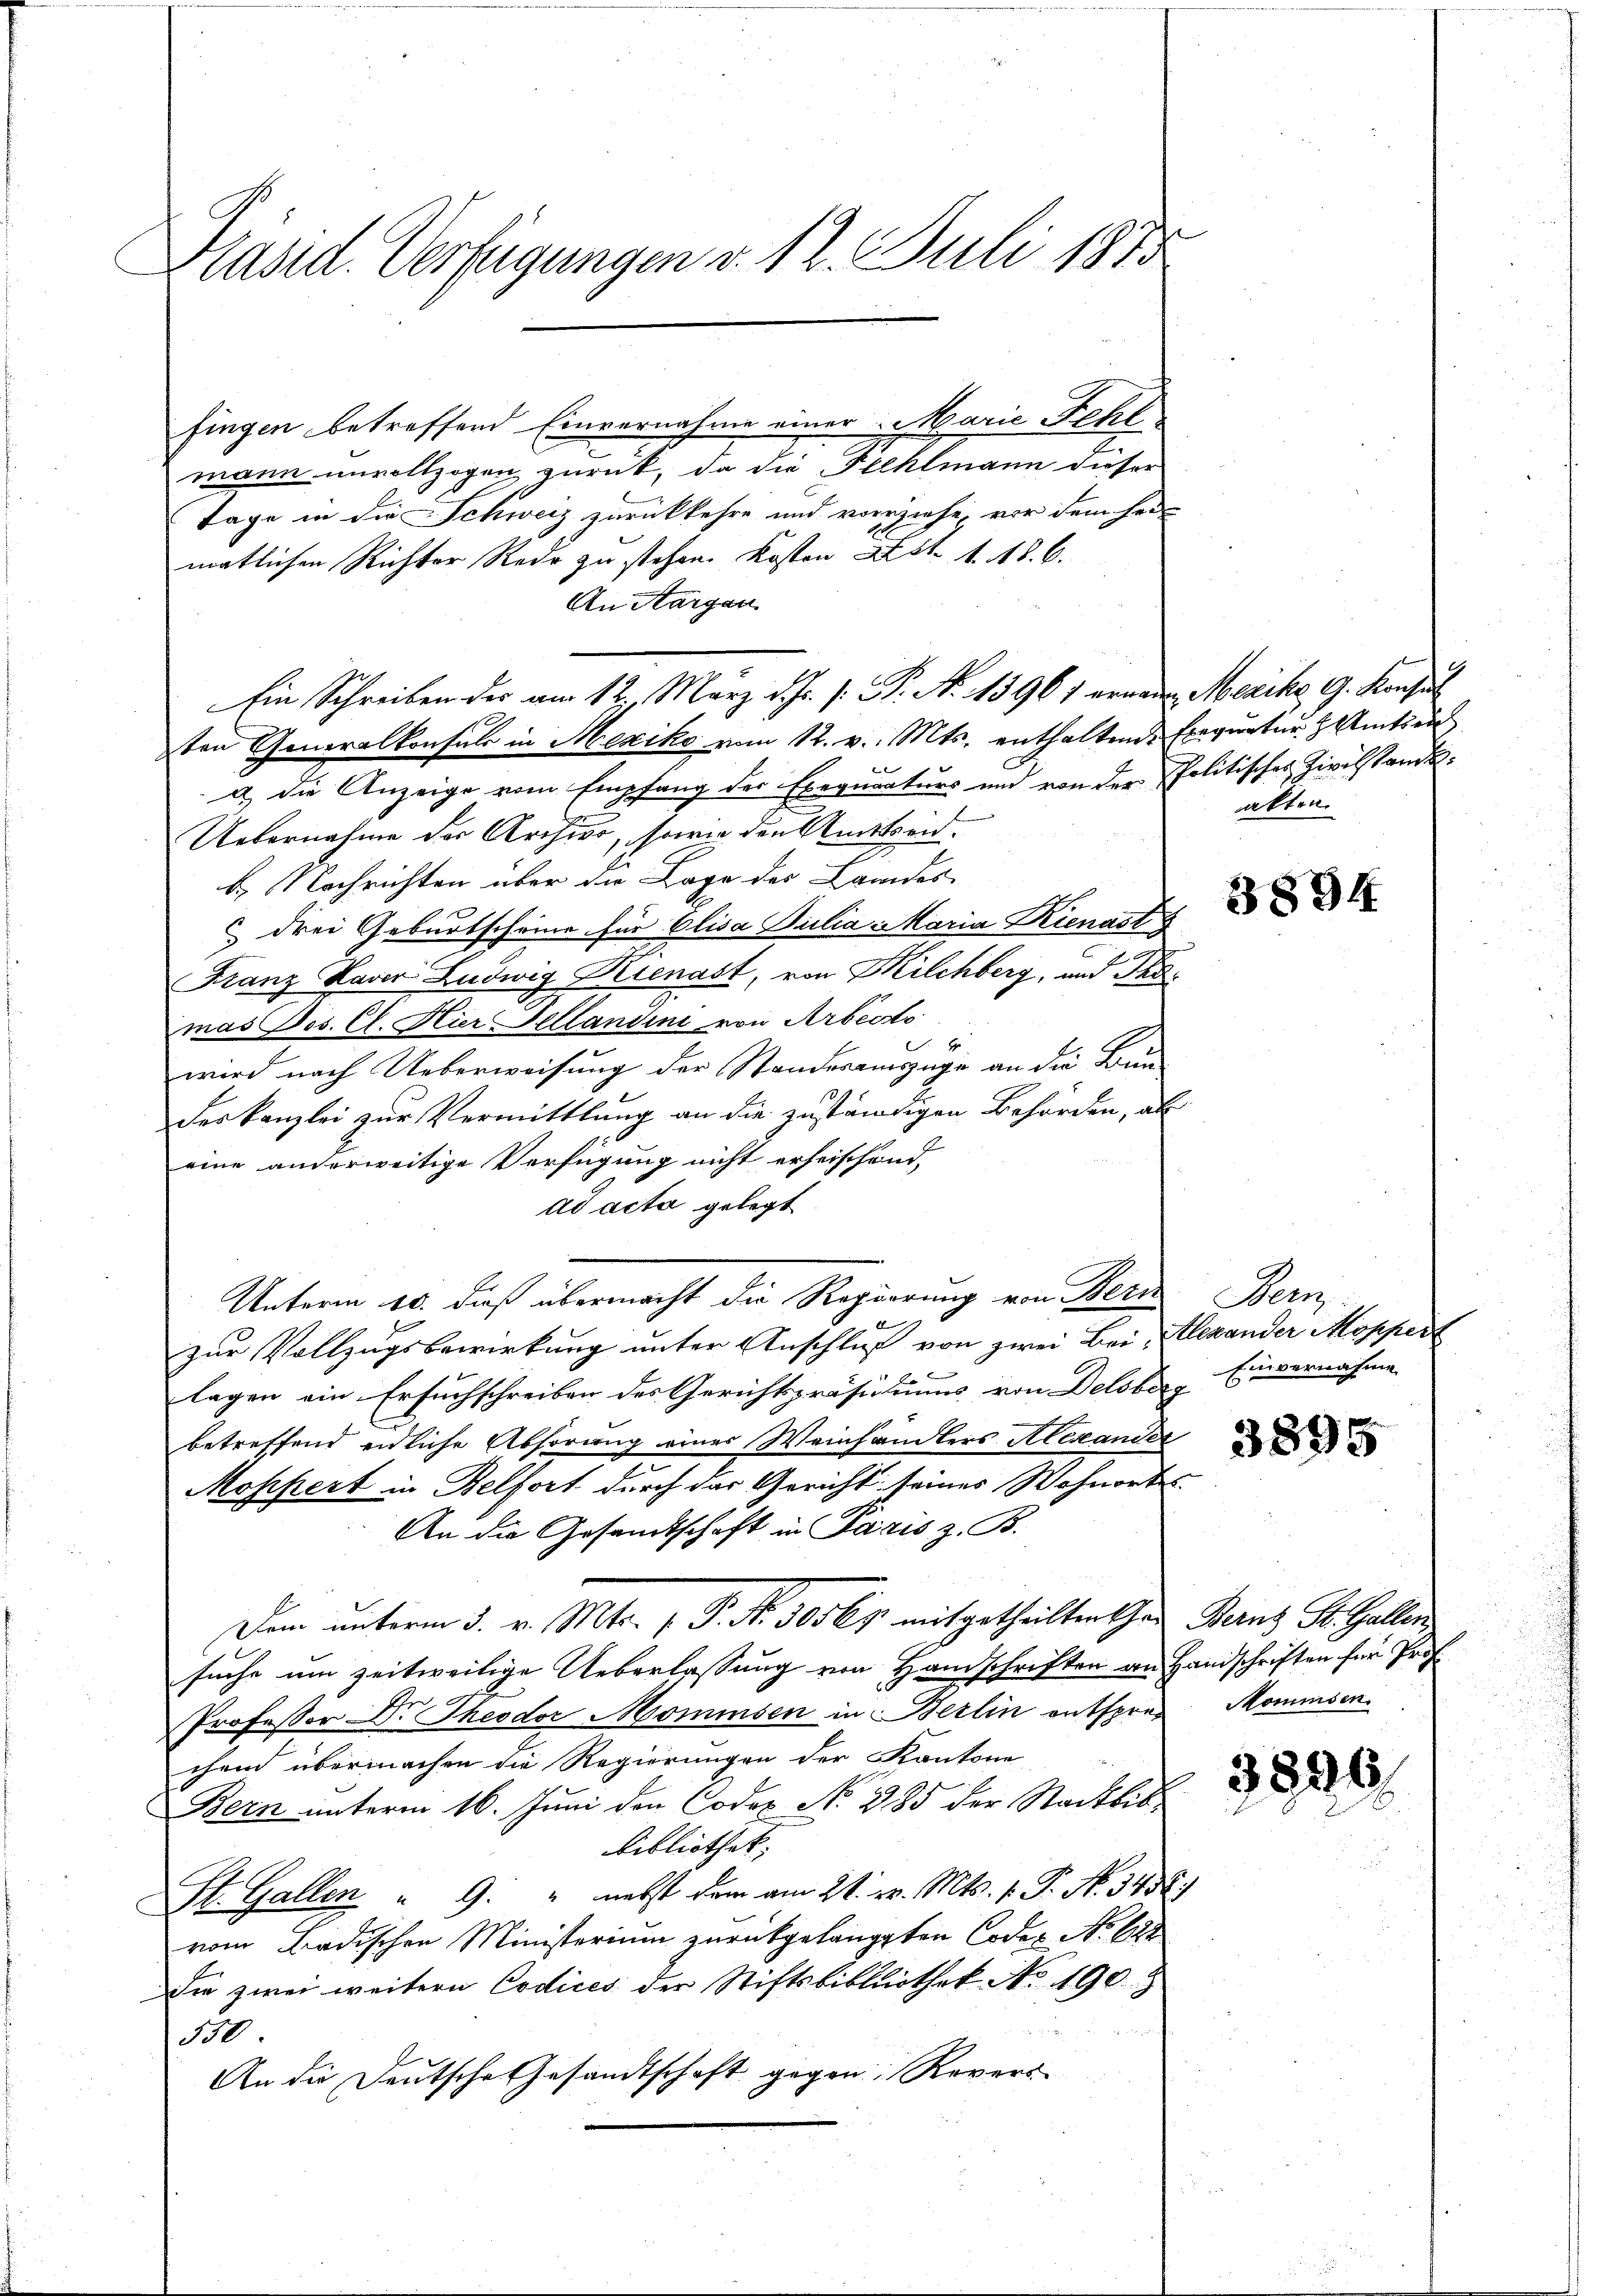
Präsid. Verfügungen v. 12. Juli 1815

fingen betreffend Einvernahme einer Marie Fehl
mann unvollzogen zurück, da die Fehlmann dieser
Tage in die Schweiz zurückkehre und vorziehe, vor dem her
matlichen Richter Rede zu stehen. Kosten Art. 1. 18. 6.
An Aargau
Ein Schreiben des am 12. März d. Js. s. S. Nr. 13961 erneuen Mexiko G. Konsul
ten Generalkonsuls in Mexiko vom 12. v. Mts. enthaltende Exequatur Zentra
a die Anzeige vom Empfang des Exequraturs und von der Politisches Zivilstandt¬
Uebernahme der Archivo, sowie den Amtseid.
b. Nachrichten über die Lage des Landes
drei Geburtscheine für Elisa Suilia Maria Kienast
Franz Laver Ludwig Kienast, von Milchberg, und Thomas Jos. Cl. Hier Sellandine von Arbeits
l
wird nach Ueberweisung der Standesauszüge an die Bun¬
Des Kanzlei zur Vermittlung an die zuständigen Behörden, als
eine anderweitige Verfügung nicht erheischend,
ad acta gelegt
Unterm 10. dieß übermacht die Regierung von Bern Bern
.
zur Vollzugsbewirkung unter Anschluß von zwei Bei Alexander Moppert
lagen ein Ersuchschreiben des Gerichtspräsidiums von Delsberg
betreffend eidliche Abhörung einer Weinhandlers Alexander
Moppert in Belfort durch das Gericht seines Wohnort
An die Gesandtschaft in Paris z. B.
Dem unterm 3. v. Mts. 1. P. Nr. 30565 mitgetheilten Schen Berns St. Gallen
suche um zeitweilige Ueberlassung von Handschriften an Handschriften für Prof.
Professor Dr. Theodor Mommsen in Berlin entspres Mommsen.
chend übermachen die Regierungen der Kantone
Bern unterm 16. Juni den Code No 385 der Stadtbib¬
Bibliothek.
St. Gallen " G. " nebst dem am 21. v. Mts. v. J. N. 346.
vom Badischen Ministerium zurückgelangten Codes No 628
die zwei weitern Codices der Stiftsbibliothek No 190
550.
An die Deutsche Gesandtschaft gegen Revers

akten.

3894

Einvernahme

3895

3890.